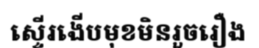
ស្ទើរងើបមុខមិនរួចរឿង